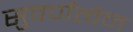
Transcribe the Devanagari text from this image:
सुवर्णत्वेन